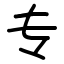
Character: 专